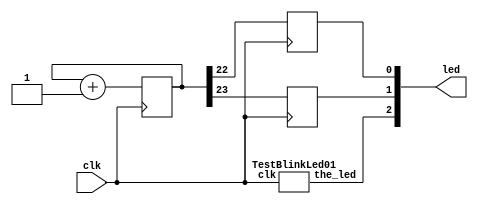
module MaiBlinki(input wire clk, output wire[3:1] led);

reg[23:0] cnt;

wire a_led_to_output;
reg output1;
reg output2;

assign led[3]=a_led_to_output;
assign led[2]=output1;
assign led[1]=output2;

TestBlinkLed01 myLed01( .clk (clk), .the_led(a_led_to_output) );

always @(posedge clk) begin 
   cnt<= cnt + 1'b1; 
   output1 <= cnt[23];
   output2 <= cnt[22];
end

endmodule

module TestBlinkLed01(input clk, output wire the_led);

reg[23:0] cnt;

reg myled;

assign the_led = myled;

always @(posedge clk) begin 
   cnt<= cnt + 1'b1; 
   myled<= cnt[23] & cnt[22];
end

endmodule